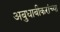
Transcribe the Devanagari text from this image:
अबुधाबीकरांच्या